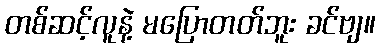
တစ်ဆင့်လူနဲ့ မပြောတတ်ဘူး ခင်ဗျ။